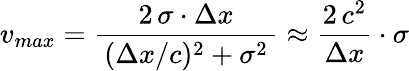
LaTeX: v_{max}=\frac{2\, \sigma\cdot\Delta x}{\, (\Delta x/c)^{2}+\sigma^{2}\, }\approx\frac{2\, c^{2}}{\Delta x}\cdot\sigma